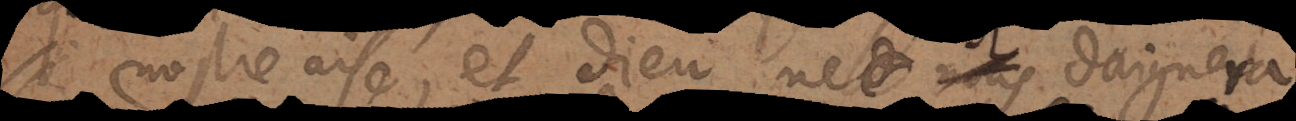
nostre aise, et Dieu ne nous daigne pa